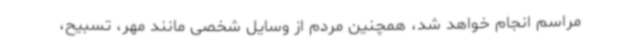
مراسم انجام خواهد شد، همچنین مردم از وسایل شخصی مانند مهر، تسبیح،